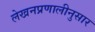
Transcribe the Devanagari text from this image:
लेखनप्रणालीनुसार